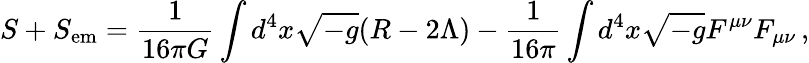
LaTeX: S+S_{\mathrm{em}}=\frac{1}{16\pi G}\int{d^{4}x\sqrt{-g}(R-2\Lambda)}-\frac{1}{16\pi}\int{d^{4}x\sqrt{-g}F^{\mu\nu}F_{\mu\nu}}\, ,